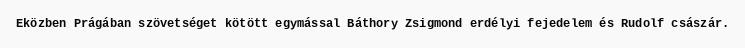
Eközben Prágában szövetséget kötött egymással Báthory Zsigmond erdélyi fejedelem és Rudolf császár.